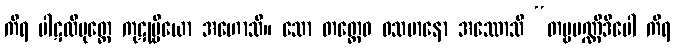
ကိရ ပါဋလိပုတ္တေ ကုဋုမ္ဗိယော အဟောသိ။ သော တတ္ထေဝ ဝသမာနော အဿောသိ “တမ္ဗပဏ္ဏိဒီပေါ ကိရ